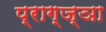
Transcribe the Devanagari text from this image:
प्राग्ज्ञा